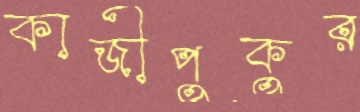
কাজীপুকুর